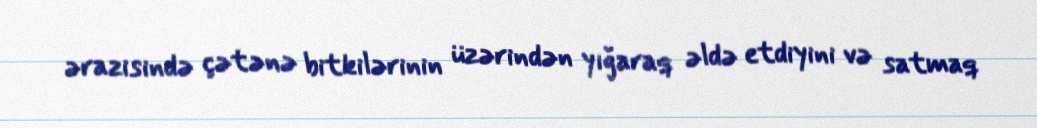
ərazisində çətənə bitkilərinin üzərindən yığaraq əldə etdiyini və satmaq